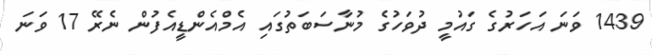
1439 ވަނަ އަހަރުގެ ގައުމީ ދުވަހުގެ މުނާސަބަތުގައި އެމްއެންޑީއެފުން ނެރޭ 17 ވަނަ